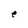
Character: e